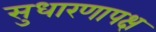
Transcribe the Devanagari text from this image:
सुधारणापक्ष